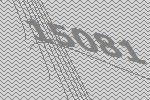
15081